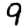
Digit: 9